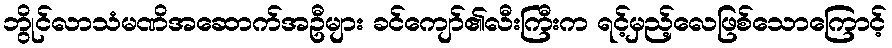
ဘွိုင်လာသံမဏိအဆောက်အဦများ ခင်ကျော်၏လီးကြီးက ရင့်မှည့်လေဖြစ်သောကြောင့်